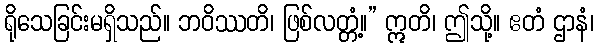
ရိုသေခြင်းမရှိသည်။ ဘဝိဿတိ၊ ဖြစ်လတ္တံ့။” ဣတိ၊ ဤသို့။ ဧတံ ဌာနံ၊